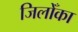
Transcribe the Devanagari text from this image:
जिलोँका